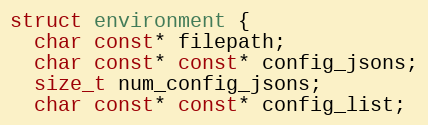
Language: C
struct environment {
  char const* filepath;
  char const* const* config_jsons;
  size_t num_config_jsons;
  char const* const* config_list;